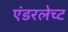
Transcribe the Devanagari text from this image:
एंडरलेच्ट